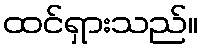
ထင်ရှားသည်။